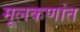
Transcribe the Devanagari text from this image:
मूलकणांत